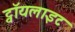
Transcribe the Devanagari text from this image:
ट्वॉयलाइट